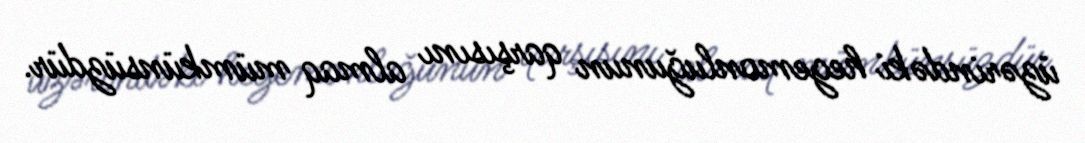
üzərindəki hegemonluğunun qarşısını almaq mümkünsüzdür.